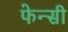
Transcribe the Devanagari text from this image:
फेन्सी